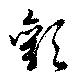
顴